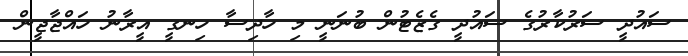
ސައުދީ ސަރުކާރުގެ ސައުދީ ގެޒެޓުން ބުނަނީ މި ހާދިސާ ހިނގީ އީރާނު ހައްޖާޖީން